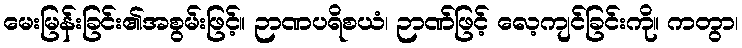
မေးမြန်းခြင်း၏အစွမ်းဖြင့်။ ဉာဏပရိစယံ၊ ဉာဏ်ဖြင့် လေ့ကျင်ခြင်းကို။ ကတွာ၊